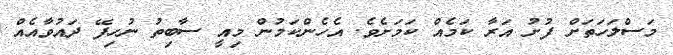
މަސްލަހަތަށް ފުށު އަރާ ކަމެއް ކަމަށެވެ. އެހެންކަމުން މިއީ ސާބިތު ނުހިފޭ ދައުވާއެއް